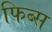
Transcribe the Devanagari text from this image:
फिब्स